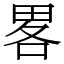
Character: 畧